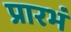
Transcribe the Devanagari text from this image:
प्रारभं